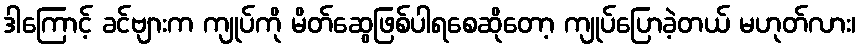
ဒါကြောင့် ခင်ဗျားက ကျုပ်ကို မိတ်ဆွေဖြစ်ပါရစေဆိုတော့ ကျုပ်ပြောခဲ့တယ် မဟုတ်လား၊